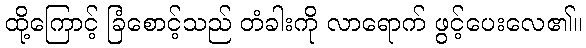
ထို့ကြောင့် ခြံစောင့်သည် တံခါးကို လာရောက် ဖွင့်ပေးလေ၏။